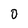
Character: 0